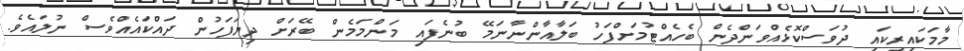
މާމަކައިރީކައި ދުވަސްކޮޅެއްވަންދެން ބެހެއްޓުމަށްފަހު ބަލާއާންނާނަމޭ ބުނެފައި މަންމަމެން ބޭރަށް ދިޔަފަހުން ދައްކައެއްވެސް ނުލައެވެ.